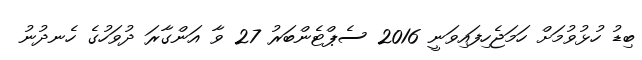
ބިޑު ހުޅުވުމަށް ހަމަޖެހިފައިވަނީ 2016 ސެޕްޓެންބަރު 27 ވާ އަންގާރަ ދުވަހުގެ ހެނދުނު